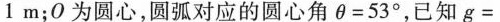
1m $$；O为圆心，圆弧对应的圆心角$$ θ = 5 3 ° $$，已知$$ g =